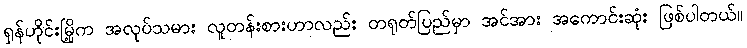
ရှန်ဟိုင်းမြို့က အလုပ်သမား လူတန်းစားဟာလည်း တရုတ်ပြည်မှာ အင်အား အကောင်းဆုံး ဖြစ်ပါတယ်။